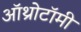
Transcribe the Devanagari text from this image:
ऑथ्रोटॉमी